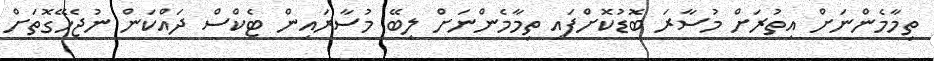
ތިމާމެންނަށް އިތުރަށް މުސާރަ ބޮޑުކޮށްފައި ތިމާމެންނަށް ލިބޭ މުސާރައިން ޓެކްސް ދައްކަން ނުޖެހޭގޮތަށް